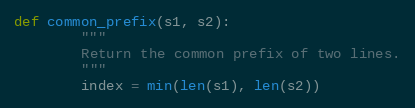
Language: Python
def common_prefix(s1, s2):
		"""
		Return the common prefix of two lines.
		"""
		index = min(len(s1), len(s2))